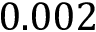
0 . 0 0 2